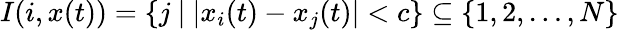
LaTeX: I(i,x(t))=\left\{ j\ |\ |x_{i}(t)-x_{j}(t)|<c\right\} \subseteq\left\{ 1,2,\ldots,N\right\}